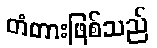
တံတားဖြစ်သည်